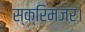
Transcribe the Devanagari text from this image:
स्क्रिमजर।